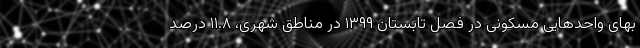
بهای واحدهایی مسکونی در فصل تابستان ١٣٩٩ در مناطق شهری، ١١.٨ درصد